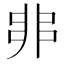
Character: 𠂼